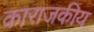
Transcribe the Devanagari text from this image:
काराजकीय